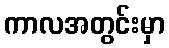
ကာလအတွင်းမှာ